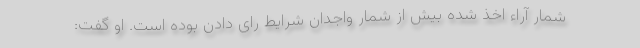
شمار آراء اخذ شده بیش از شمار واجدان شرایط رای دادن بوده است. او گفت: